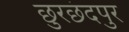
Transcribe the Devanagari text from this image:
छुरछंदपुर